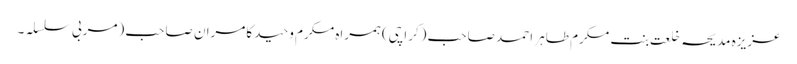
عزیزہ مدیحہ خلعت بنت مکرم طاہر احمد صاحب (کراچی)ہمراہ مکرم وحید کامران صاحب (مربی سلسلہ ۔